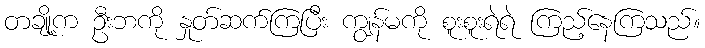
တချို့က ဦးဘကို နှုတ်ဆက်ကြပြီး ကျွန်မကို စူးစူးရဲရဲ ကြည့်နေကြသည်။